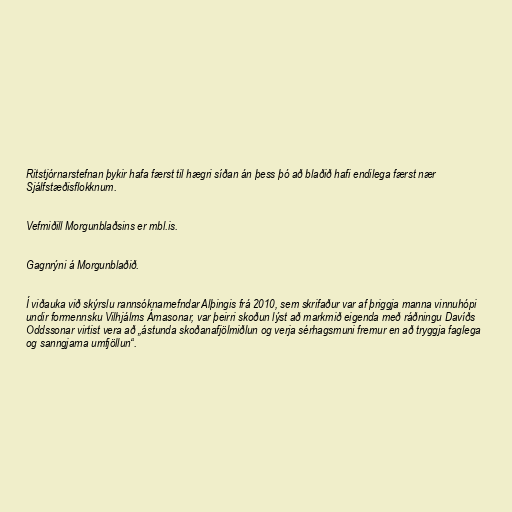
Ritstjórnarstefnan þykir hafa færst til hægri síðan án þess þó að blaðið hafi endilega færst nær
Sjálfstæðisflokknum.

Vefmiðill Morgunblaðsins er mbl.is.

Gagnrýni á Morgunblaðið.

Í viðauka við skýrslu rannsóknarnefndar Alþingis frá 2010, sem skrifaður var af þriggja manna vinnuhópi
undir formennsku Vilhjálms Árnasonar, var þeirri skoðun lýst að markmið eigenda með ráðningu Davíðs
Oddssonar virtist vera að „ástunda skoðanafjölmiðlun og verja sérhagsmuni fremur en að tryggja faglega
og sanngjarna umfjöllun“.